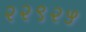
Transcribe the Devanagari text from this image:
२२९२५